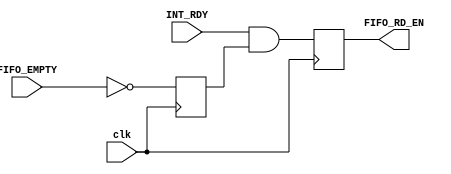
module FIFO_CTRL(
    input FIFO_EMPTY,
    input INT_RDY,
	input clk,
    output reg FIFO_RD_EN
    );
  
    reg not_empty;
    

    always @(posedge clk) begin
        not_empty <= ~FIFO_EMPTY;
		FIFO_RD_EN <= INT_RDY & not_empty;
	end
endmodule